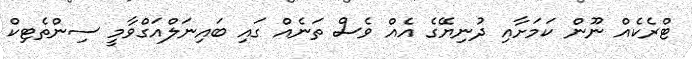
ޓްރެކެއް ނޫން ކަމަށާއި ދުނިޔޭގެ އެއް ވެސް ތަނެއް ގައި ބައިނަލްއަގްވާމީ ސިންތެޓިކް